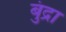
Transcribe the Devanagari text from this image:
बुंद्रा